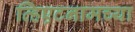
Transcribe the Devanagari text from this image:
व्हिएटनामच्या